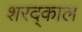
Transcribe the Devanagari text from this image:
शरद्काल